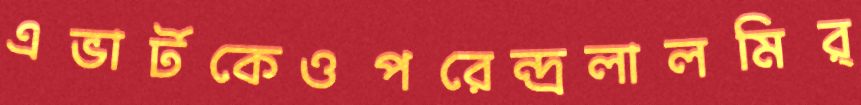
এভার্টকেওপরেন্দ্রলালমির্